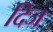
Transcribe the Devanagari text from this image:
दिज